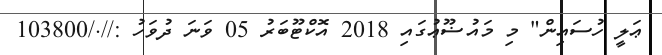
ޢަލީ ހުސައިން" މި މައުޟޫޢުގައި 2018 އޮކްޓޫބަރު 05 ވަނަ ދުވަހު ://./103800